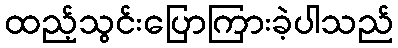
ထည့်သွင်းပြောကြားခဲ့ပါသည်